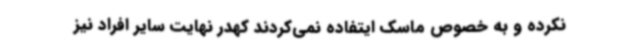
نکرده و به خصوص ماسک ایتفاده نمی‌کردند کهدر نهایت سایر افراد نیز